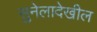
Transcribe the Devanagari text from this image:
सुनेलादेखील